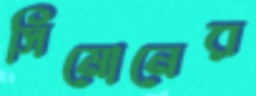
সিমোনের